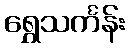
ရွှေသင်္ကန်း